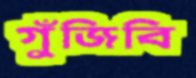
গুঁজিবি